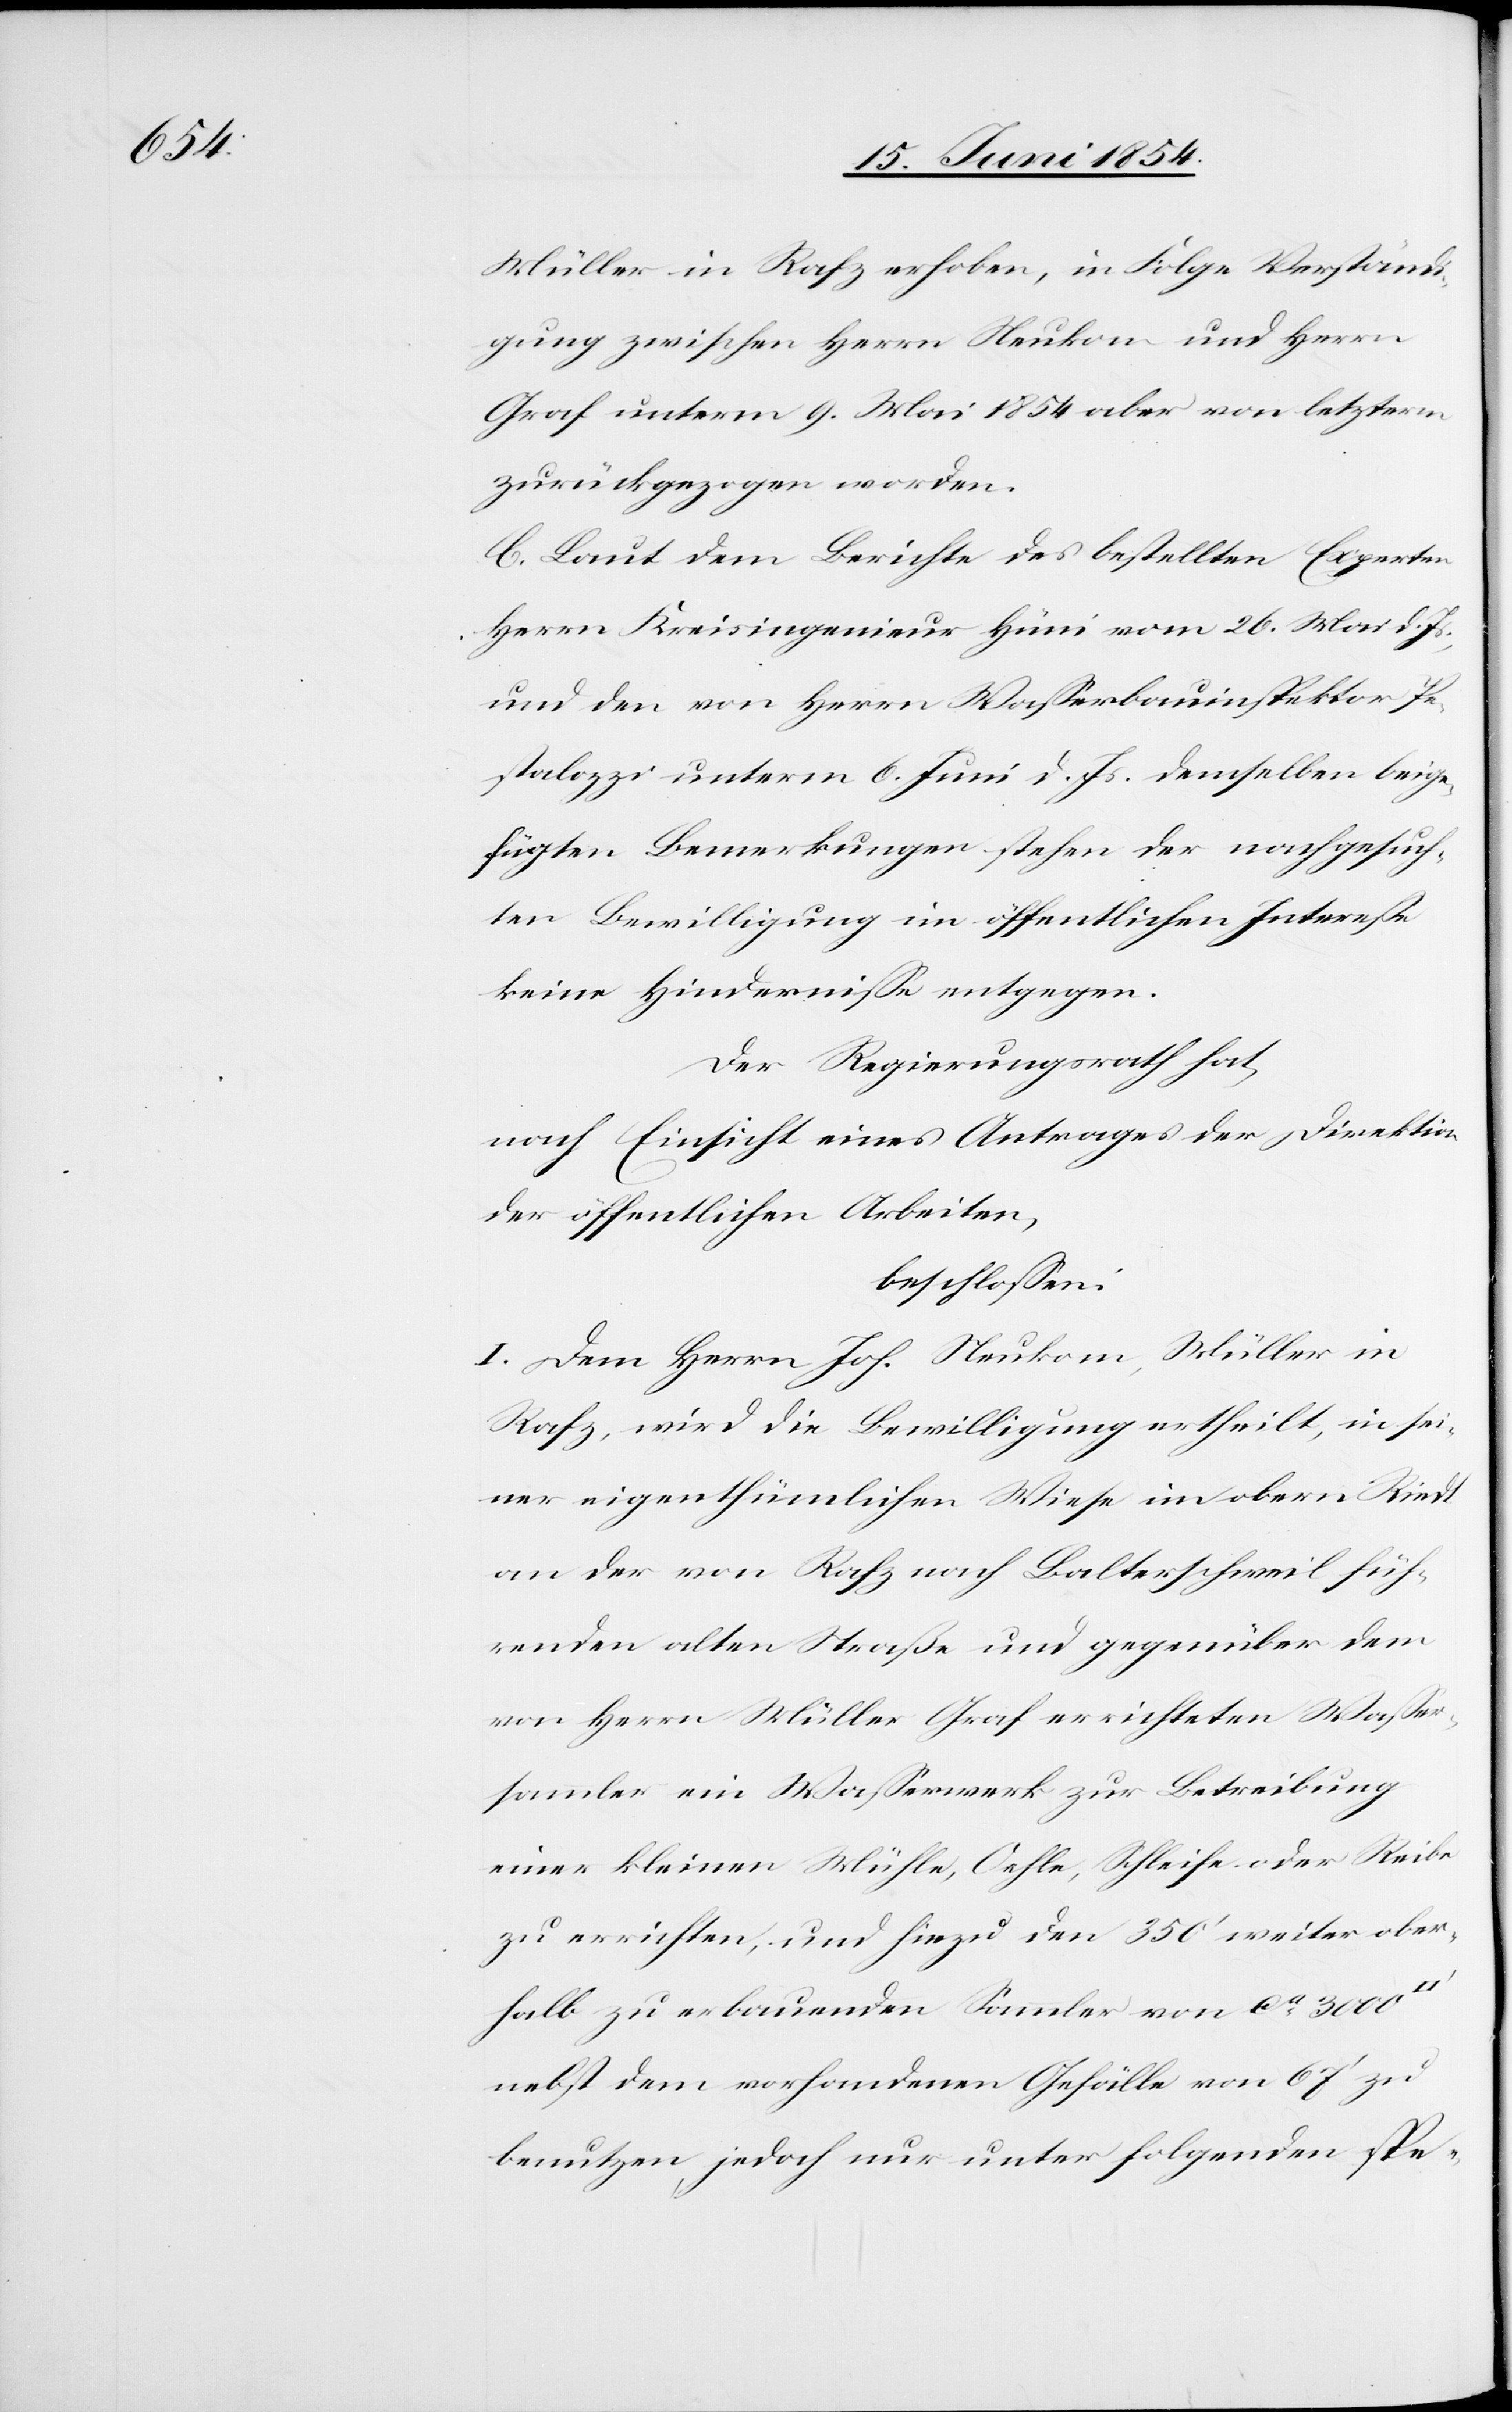
Waßer¬

Müller in Rafz erhoben, in Folge Verständi¬
gung zwischen Herrn Neukom und Herrn
Graf unterm 9. Mai 1854 aber von letzterm
zurückgezogen worden.
C. Laut dem Berichte des bestellten Experten
Herrn Kreisingenieur Hüni vom 26. Mai d. Js.,
und den von Herrn Waßerbauinspektor Pe¬
stalozzi unterm 6. Juni d. Js. demselben beige¬
fügten Bemerkungen stehen der nachgesuch¬
ten Bewilligung im öffentlichen Intereße
keine Hinderniße entgegen.
Der Regierungsrath hat,
nach Einsicht eines Antrages der Direktion
der öffentlichen Arbeiten,
beschloßen:
I. Dem Herrn Joh. Neukom, Müller in
Rafz, wird die Bewilligung ertheilt, in sei¬
ner eigenthümlichen Wiese im obern Riedt
an der von Rafz nach Balterschweil füh¬
renden alten Straße und gegenüber dem
sammler ein Waßerwerk zur Betreibung
einer kleinen Mühle, Oehle, Schleiche oder Reibe
zu errichten, und hiezu den 350‘ weiter ober¬
halb zu erbauenden Sammler von ca 3000
nebst dem vorhandenen Gefälle von 67‘ zu
benutzen, jedoch nur unter folgenden spe-